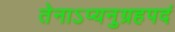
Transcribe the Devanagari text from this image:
तेनाऽप्यनुग्रहपदं